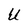
Character: U